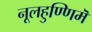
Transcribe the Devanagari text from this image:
नूलहुण्णिमॆ